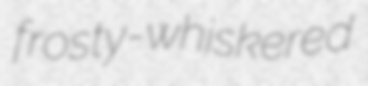
frosty-whiskered